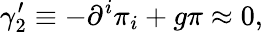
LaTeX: \gamma_{2}^{\prime}\equiv-\partial^{i}\pi_{i}+g\pi\approx 0,